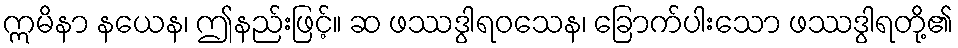
ဣမိနာ နယေန၊ ဤနည်းဖြင့်။ ဆ ဖဿဒွါရဝသေန၊ ခြောက်ပါးသော ဖဿဒွါရတို့၏